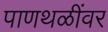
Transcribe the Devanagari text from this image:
पाणथळींवर